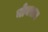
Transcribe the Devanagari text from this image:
नोनराज